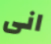
انى